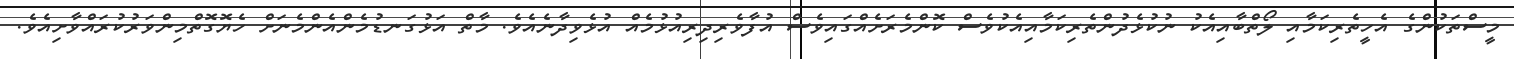
މީސްތަކުންގެ އެހީތެރިކަމާއި ލޯތްބާއިއެކު ނުކުޅެދުންތެރިކަމާއިއެކުވެސް ކޮންމެރަށެއްގައިވެސް އުފާވެރިދިރިއުޅުމެއް އުޅެވިދާނެއެވެ. މާތް އަޅުގަނޑުމެންއެންމެނަށް ހެޔޮގޮތްމިންވަރުކުރައްވާށިއެވެ.